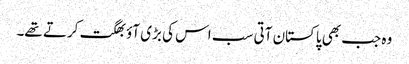
وہ جب بھی پاکستان آتی سب اس کی بڑی آؤ بھگت کرتے تھے۔